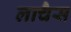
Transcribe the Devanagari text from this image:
लाचैस